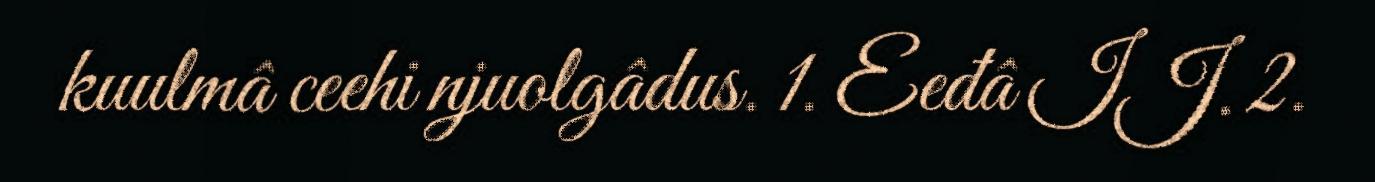
kuulmâ ceehi njuolgâdus. 1. Eeđâ IJ. 2.